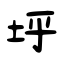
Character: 垀